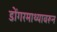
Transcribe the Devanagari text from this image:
डोंगरमाथ्यावरून